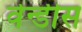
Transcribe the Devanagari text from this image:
वेन्डीस